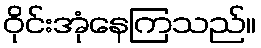
ဝိုင်းအုံနေကြသည်။